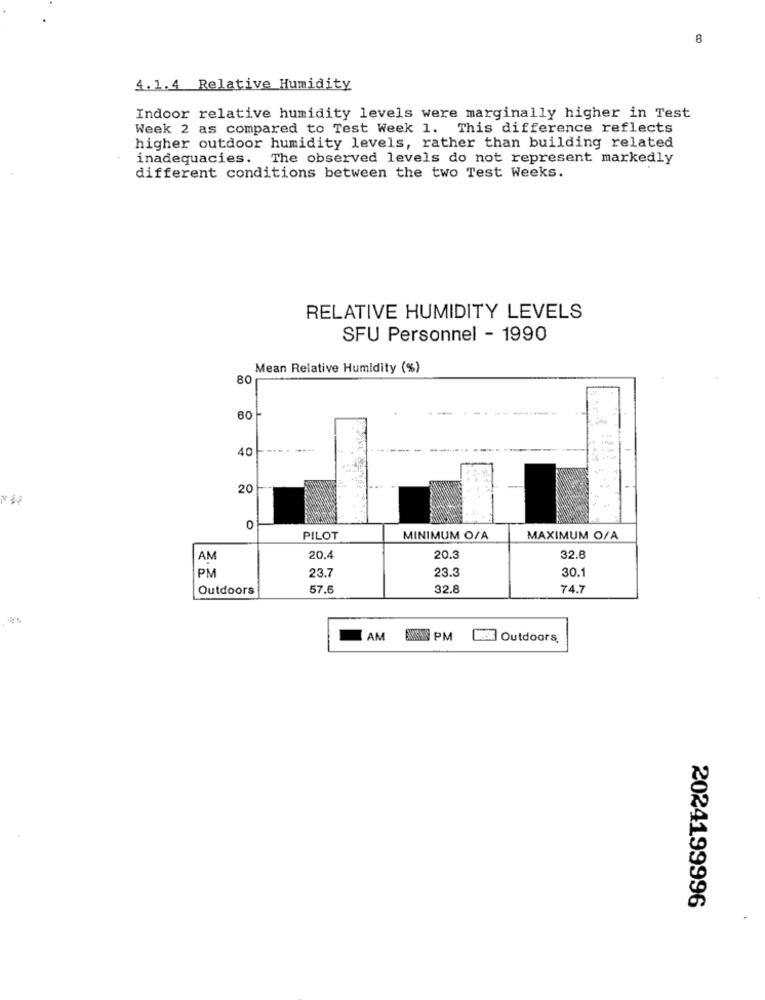
8
4.1.4 Relative Humidity
Indoor relative humidity levels were marginally higher in Test
Week 2 as compared to Test Week 1. This difference reflects
higher outdoor humidity levels, rather than building related
inadequacies. The observed levels do not represent markedly
different conditions between the two Test Weeks.
RELATIVE HUMIDITY LEVELS
SFU Personnel - 1990
Mean Relative Humidity (%)
80
60
40
20
0
PILOT
MINIMUM O/A
MAXIMUM O/A
AM
20.4
20.3
32.6
PM
23.3
30.1
23.7
Outdoors
57.6
32.8
74.7
AM
PM
ME Outdoors
2024199996